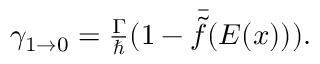
\begin{array} { r } { \gamma _ { 1 \rightarrow 0 } = \frac { \Gamma } { \hbar } ( 1 - \bar { \tilde { f } } ( E ( x ) ) ) . } \end{array}